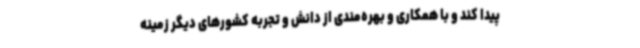
پیدا کند و با همکاری و بهره‌مندی از دانش و تجربه کشورهای دیگر زمینه